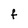
Character: f